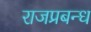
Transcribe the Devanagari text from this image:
राजप्रबन्ध